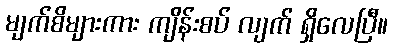
မျက်စိများကား ကျိန်းစပ် လျက် ရှိလေပြီ။